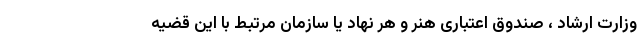
وزارت ارشاد ، صندوق اعتباری هنر و هر نهاد یا سازمان مرتبط با این قضیه